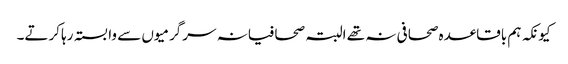
کیونکہ ہم باقاعدہ صحافی نہ تھے البتہ صحافیانہ سرگرمیوں سے وابستہ رہا کرتے۔